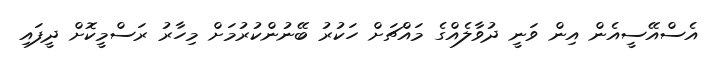
އެސްއޭސީއެން އިން ވަނީ ދުވާލެއްގެ މައްޗަށް ހަކުރު ބޭނުންކުރުމަށް މިހާރު ރަސްމީކޮށް ދީފައި